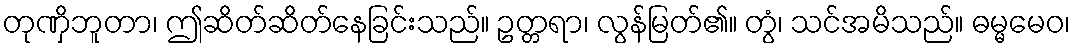
တုဏှိဘူတာ၊ ဤဆိတ်ဆိတ်နေခြင်းသည်။ ဥတ္တရာ၊ လွန်မြတ်၏။ တွံ၊ သင်အမိသည်။ ဓမ္မမေဝ၊